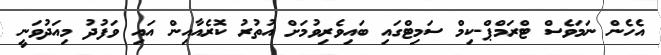
އެހެން ނަމަވެސް ޓްރަމްޕް-ކިމް ސަމިޓްގައި ބައިވެރިވުމަށް އުތުރު ކޮރެއާއިން އައި ވަފުދު މިއަދުވަނީ